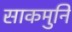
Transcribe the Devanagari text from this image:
साकमुनि